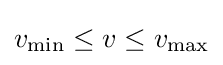
v_{\rm {min}}\leq v\leq v_{\rm {max}}